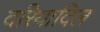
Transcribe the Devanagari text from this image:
दरियादिल